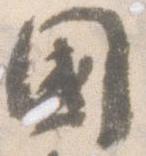
国